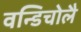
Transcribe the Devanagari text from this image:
वन्डिचोलै